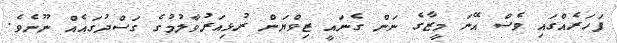
ފަހަރެއްގައި ވެސް އޭނަ މީޒާގެ ނަން ގެނައީ ޒިވްޔަން ރުޅިއަރުވާލުމުގެ ގަސްދުގައެއް ނޫނެވެ.